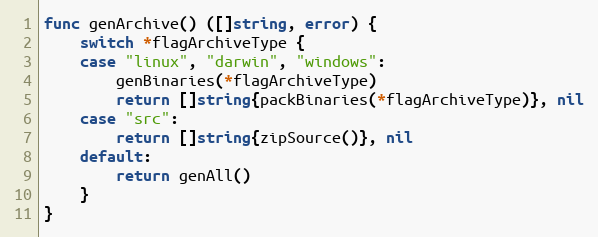
Language: Go
func genArchive() ([]string, error) {
	switch *flagArchiveType {
	case "linux", "darwin", "windows":
		genBinaries(*flagArchiveType)
		return []string{packBinaries(*flagArchiveType)}, nil
	case "src":
		return []string{zipSource()}, nil
	default:
		return genAll()
	}
}